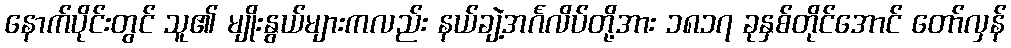
နောက်ပိုင်းတွင် သူ၏ မျိုးနွယ်များကလည်း နယ်ချဲ့အင်္ဂလိပ်တို့အား ၁၈၁၇ ခုနှစ်တိုင်အောင် တော်လှန်